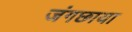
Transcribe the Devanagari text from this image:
जंगछाया